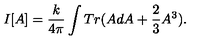
I [ A ] = \frac { k } { 4 \pi } \int T r ( A d A + \frac { 2 } { 3 } A ^ { 3 } ) .